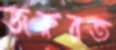
জরুরত